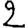
Digit: 2